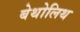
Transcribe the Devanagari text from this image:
बेथोलिथ